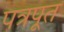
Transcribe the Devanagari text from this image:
पत्रपूत